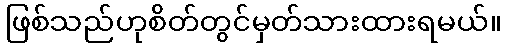
ဖြစ်သည်ဟုစိတ်တွင်မှတ်သားထားရမယ်။